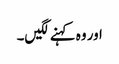
اور وہ کہنے لگیں۔